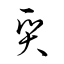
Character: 質